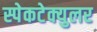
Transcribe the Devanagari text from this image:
स्पेकटेक्युलर